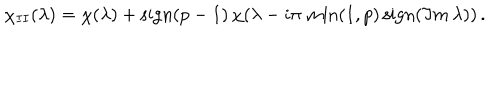
\chi _ { I I } ( \lambda ) = \chi ( \lambda ) + \mathrm { s i g n } ( p - 1 ) \, \chi ( \lambda - i \pi \, \min ( 1 , p ) \, \mathrm { s i g n } ( \Im m \, \lambda ) ) \, .